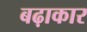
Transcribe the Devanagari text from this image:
बढ़ाकार